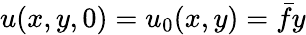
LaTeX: u(x,y,0)=u_{0}(x,y)=\bar{f}y